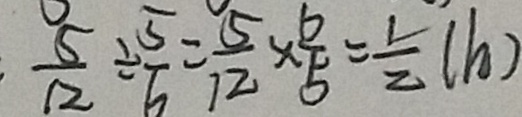
\frac { 5 } { 1 2 } \div \frac { 5 } { 6 } = \frac { 5 } { 1 2 } \times \frac { 6 } { 5 } = \frac { 1 } { 2 } ( h )